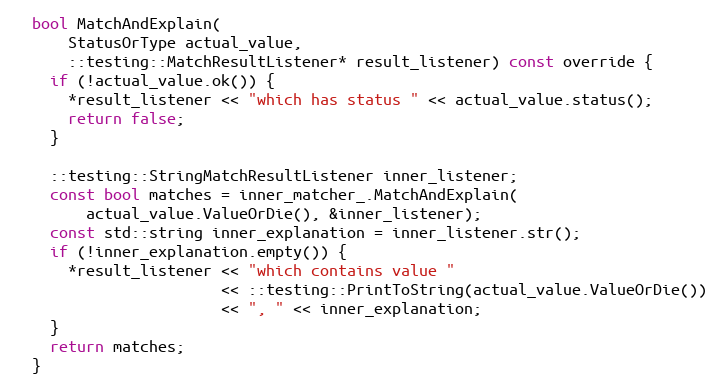
Language: C
  bool MatchAndExplain(
      StatusOrType actual_value,
      ::testing::MatchResultListener* result_listener) const override {
    if (!actual_value.ok()) {
      *result_listener << "which has status " << actual_value.status();
      return false;
    }

    ::testing::StringMatchResultListener inner_listener;
    const bool matches = inner_matcher_.MatchAndExplain(
        actual_value.ValueOrDie(), &inner_listener);
    const std::string inner_explanation = inner_listener.str();
    if (!inner_explanation.empty()) {
      *result_listener << "which contains value "
                       << ::testing::PrintToString(actual_value.ValueOrDie())
                       << ", " << inner_explanation;
    }
    return matches;
  }